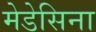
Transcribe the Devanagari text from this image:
मेडेसिना